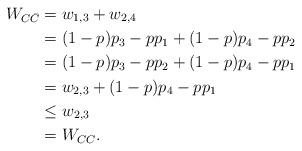
LaTeX: \begin{align*}W_{C\bar{C}} &=w_{1,3}+w_{2,4}\\&=(1-p)p_3-pp_1+(1-p)p_4-pp_2\\&=(1-p)p_3-pp_2+(1-p)p_4-pp_1\\&=w_{2,3}+(1-p)p_4-pp_1\\&\leq w_{2,3} \\&=W_{CC}. \end{align*}